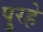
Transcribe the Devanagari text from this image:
पुरहे